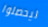
ليحصلوا